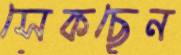
সেকছেন